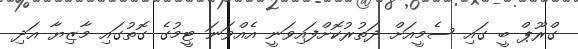
ގްރޫޕް ބީ ގައި ސެމީއަށް ދަތުރުކޮށްފައިވަނީ އެއްވަނަ ޓީމުގެ ގޮތުގައި މާޒިޔާ އަދި